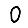
Digit: 0